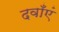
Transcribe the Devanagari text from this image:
दवाँएं